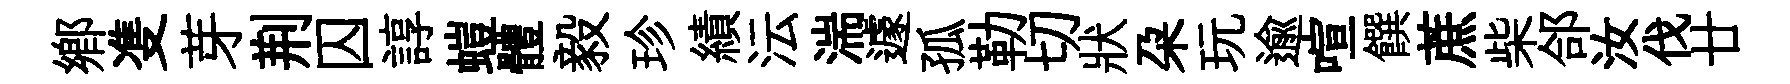
郷㕠芽荆囚諄螘體毅珍績沄湍遽孤勒切狀朶玩逾喧饌蔗柴郃汝伐廿